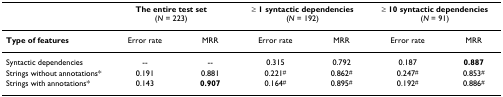
<table><thead><tr><td>[EMPTY_CELL]</td><td colspan="2"><b>The entire test set (<i>N </i>= 223)</b></td><td colspan="2"><b>≥ 1 syntactic dependencies (<i>N </i>= 192)</b></td><td colspan="2"><b>≥ 10 syntactic dependencies (<i>N </i>= 91)</b></td></tr></thead><tbody><tr><td><b>Type of features</b></td><td>Error rate</td><td>MRR</td><td>Error rate</td><td>MRR</td><td>Error rate</td><td>MRR</td></tr><tr><td>Syntactic dependencies</td><td>--</td><td>--</td><td>0.315</td><td>0.792</td><td>0.187</td><td><b>0.887</b></td></tr><tr><td>Strings without annotations*</td><td>0.191</td><td>0.881</td><td>0.221<sup>#</sup></td><td>0.862<sup>#</sup></td><td>0.247<sup>#</sup></td><td>0.853<sup>#</sup></td></tr><tr><td>Strings with annotations*</td><td>0.143</td><td><b>0.907</b></td><td>0.164<sup>#</sup></td><td>0.895<sup>#</sup></td><td>0.192<sup>#</sup></td><td>0.886<sup>#</sup></td></tr></tbody></table>